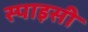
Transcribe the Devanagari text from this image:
स्पाइसी